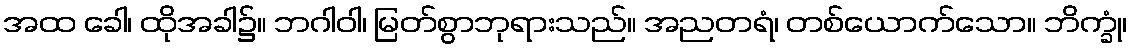
အထ ခေါ၊ ထိုအခါ၌။ ဘဂါဝါ၊ မြတ်စွာဘုရားသည်။ အညတရံ၊ တစ်ယောက်သော။ ဘိက္ခုံ၊